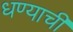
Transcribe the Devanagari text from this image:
धण्याची